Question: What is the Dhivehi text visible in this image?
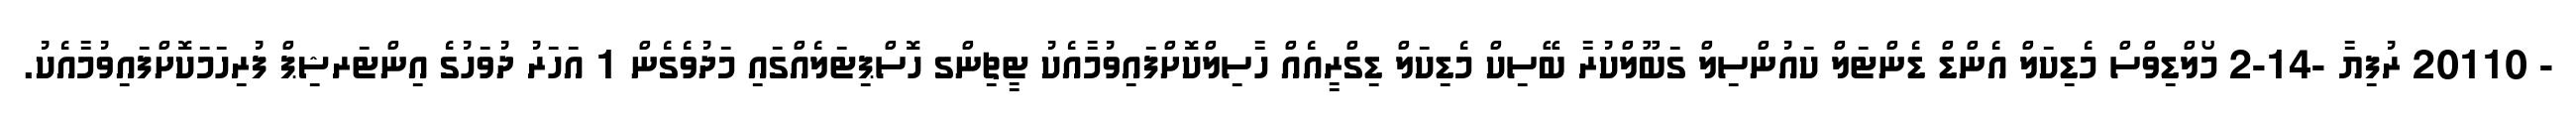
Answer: - 20110 ރުފިޔާ -14-2 މޯލްޑިވްސް މެޑިކަލް އެންޑް ޑެންޓަލް ކައުންސިލް ގަބޫލްކުރާ ބޭސިކް މެޑިކަލް ޑިގްރީއެއް ހާސިލްކޮށްފައިވުމާއެކު ޓީޗިންގ ހޮސްޕިޓަލެއްގައި މަދުވެގެން 1 އަހަރު ދުވަހުގެ އިންޓަރޝިޕް ފުރިހަމަކޮށްފައިވުމާއެކު.